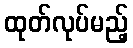
ထုတ်လုပ်မည့်